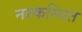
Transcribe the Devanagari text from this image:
नरकस्थित